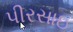
પીરસાઇ